Annual report on the Civil Veterinary Department, Burma (including the Insein Veterinary School) - 1910-1922
Year: 1910
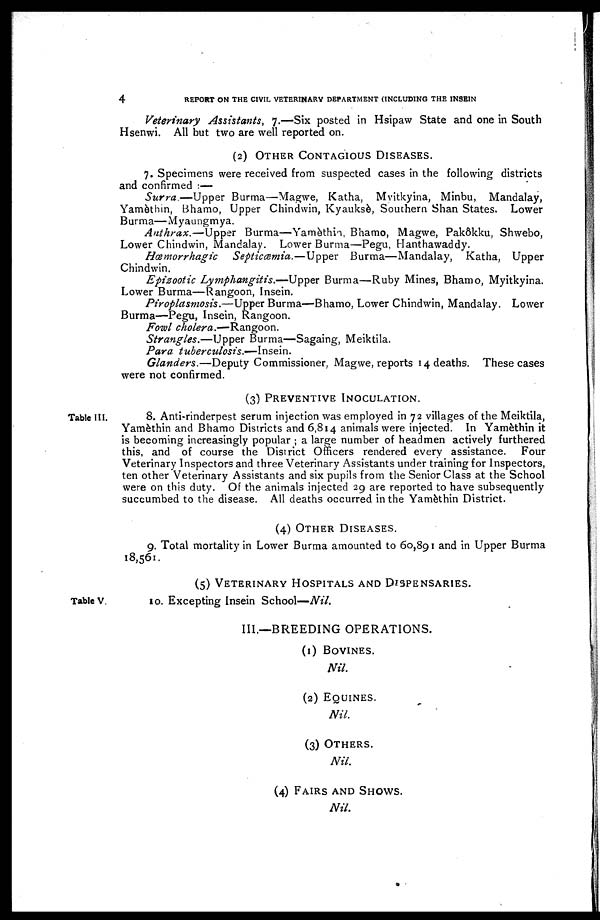
4
REPORT ON THE CIVIL VETERINARY DEPARTMENT (INCLUDING THE INSEIN
Veterinary Assistants,
7.—Six posted in Hsipaw State and one in South
Hsenwi. All but two are well reported on.
(2) OTHER CONTAGIOUS DISEASES.
7. Specimens were received from suspected cases in the following districts
and confirmed :—
Surra—Upper
Burma—Magwe, Katha, Mvitkyina, Minbu, Mandalay,
Yamèthin, Bhamo, Upper Chindwin, Kyauksè, Southern Shan States. Lower
Burma—Myaungmya.
Anthrax.—Upper
Burma—Yamèthin, Bhamo, Magwe, Pakôkku, Shwebo,
Lower Chindwin, Mandalay. Lower Burma—Pegu, Hanthawaddy.
Hæmorrhagic
Septicæmia.—Upper
Burma—Mandalay, Katha, Upper
Chindwin.
Epizootic Lymphangitis.—Upper
Burma—Ruby Mines, Bhamo, Myitkyina.
Lower Burma—Rangoon, Insein.
Piroplasmosis.—Upper
Burma—Bhamo, Lower Chindwin, Mandalay. Lower
Burma—Pegu, Insein, Rangoon.
Fowl
cholera.—Rangoon.
Strangles.—Upper
Burma—Sagaing, Meiktila.
Para
tuberculosis.—Insein.
Glanders.—Deputy
Commissioner, Magwe, reports 14 deaths. These cases
were not confirmed.
(3) PREVENTIVE INOCULATION.
Table III.
8. Anti-rinderpest serum injection was employed in 72 villages of the Meiktila,
Yamèthin and Bhamo Districts and 6,814 animals were injected. In Yamèthin it
is becoming increasingly popular ; a large number of headmen actively furthered
this, and of course the District Officers rendered every assistance.
Four
Veterinary Inspectors and three Veterinary Assistants under training for Inspectors,
ten other Veterinary Assistants and six pupils from the Senior Class at the School
were on this duty. Of the animals injected 29 are reported to have subsequently
succumbed to the disease. All deaths occurred in the Yamèthin District.
(4) OTHER DISEASES.
9. Total mortality in Lower Burma amounted to 60,891 and in Upper Burma
18,561.
(5) VETERINARY HOSPITALS AND DISPENSARIES.
Table V
10. Excepting Insein School—Nil.
III.—BREEDING OPERATIONS.
(1) BOVINES.
Nil.
(2) EQUINES.
Nil.
(3) OTHERS
Nil.
(4) FAIRS AND SHOWS.
Nil.